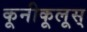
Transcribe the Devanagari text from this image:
कूनीकूलूस्